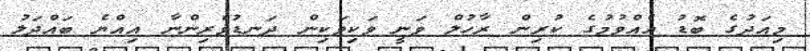
މިއަދުގެ ބޮޑު އެއްވުމުގެ ކުރިން ރާހުލް ވަނީ ވަކިވަކިން ދަނޑުވެރިންނާ އިއްޔެ ބައްދަލު